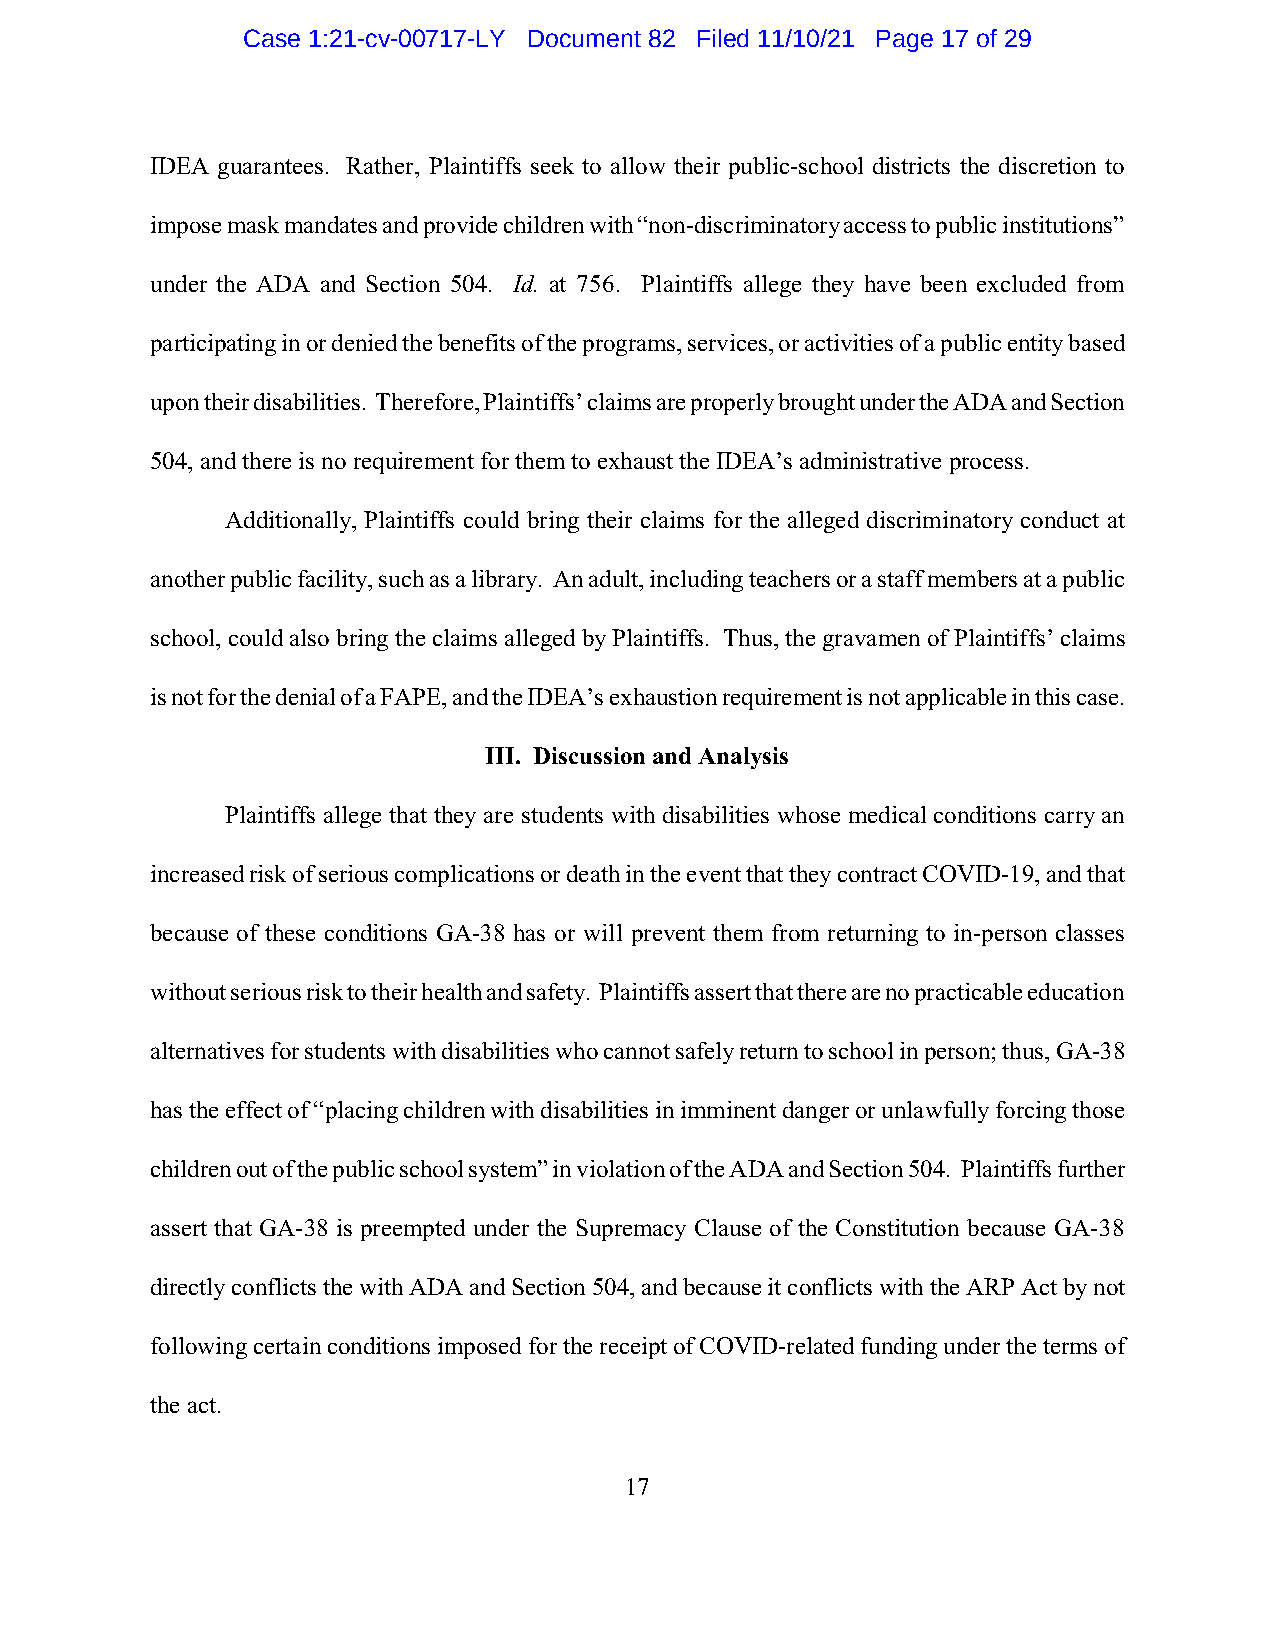
Case 1:21-cv-00717-LY Document 82 Filed 11/10/21 Page 17 of 29
 IDEA guarantees. Rather, Plaintiffs seek to allow their public-school districts the discretion to
 impose mask mandates and provide children with “non-discriminatory access to public institutions”
 under the ADA and Section 504. Id. at 756. Plaintiffs allege they have been excluded from
 participating in or denied the benefits of the programs, services, or activities of a public entity based
 upon their disabilities. Therefore, Plaintiffs’ claims are properly brought under the ADA and Section
 504, and there is no requirement for them to exhaust the IDEA’s administrative process.
 Additionally, Plaintiffs could bring their claims for the alleged discriminatory conduct at
 another public facility, such as a library. An adult, including teachers or a staff members at a public
 school, could also bring the claims alleged by Plaintiffs. Thus, the gravamen of Plaintiffs’ claims
 is not for the denial of a FAPE, and the IDEA’s exhaustion requirement is not applicable in this case.
 III. Discussion and Analysis
 Plaintiffs allege that they are students with disabilities whose medical conditions carry an
 increased risk of serious complications or death in the event that they contract COVID-19, and that
 because of these conditions GA-38 has or will prevent them from returning to in-person classes
 without serious risk to their health and safety. Plaintiffs assert that there are no practicable education
 alternatives for students with disabilities who cannot safely return to school in person; thus, GA-38
 has the effect of “placing children with disabilities in imminent danger or unlawfully forcing those
 children out of the public school system” in violation of the ADA and Section 504. Plaintiffs further
 assert that GA-38 is preempted under the Supremacy Clause of the Constitution because GA-38
 directly conflicts the with ADA and Section 504, and because it conflicts with the ARP Act by not
 following certain conditions imposed for the receipt of COVID-related funding under the terms of
 the act.
 17